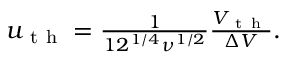
\begin{array} { r } { u _ { \mathrm { ~ t ~ h ~ } } = \frac { 1 } { 1 2 ^ { 1 / 4 } \nu ^ { 1 / 2 } } \frac { V _ { \mathrm { ~ t ~ h ~ } } } { \Delta V } . } \end{array}